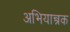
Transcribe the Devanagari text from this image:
अभियान्त्रक